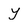
Character: y